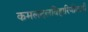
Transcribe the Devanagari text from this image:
कमलदलविहारिणीवाणी